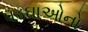
પડઘાઓનો